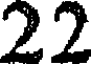
22